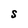
Character: S